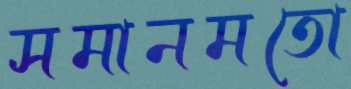
সমানমতো